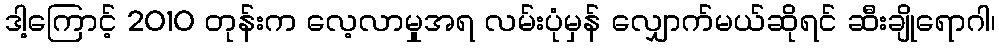
ဒါ့ကြောင့် 2010 တုန်းက လေ့လာမှုအရ လမ်းပုံမှန် လျှောက်မယ်ဆိုရင် ဆီးချိုရောဂါ၊